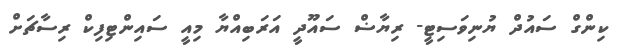
ކިންގް ސައުދް ޔުނިވަސިޓީ- ރިޔާޟް ސައޫދީ އަރަބިއްޔާ މިއީ ސައިންޓިފިކް ރިސާޗަށް